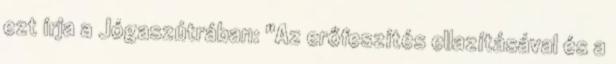
ezt írja a Jógaszútrában: "Az erőfeszítés ellazításával és a